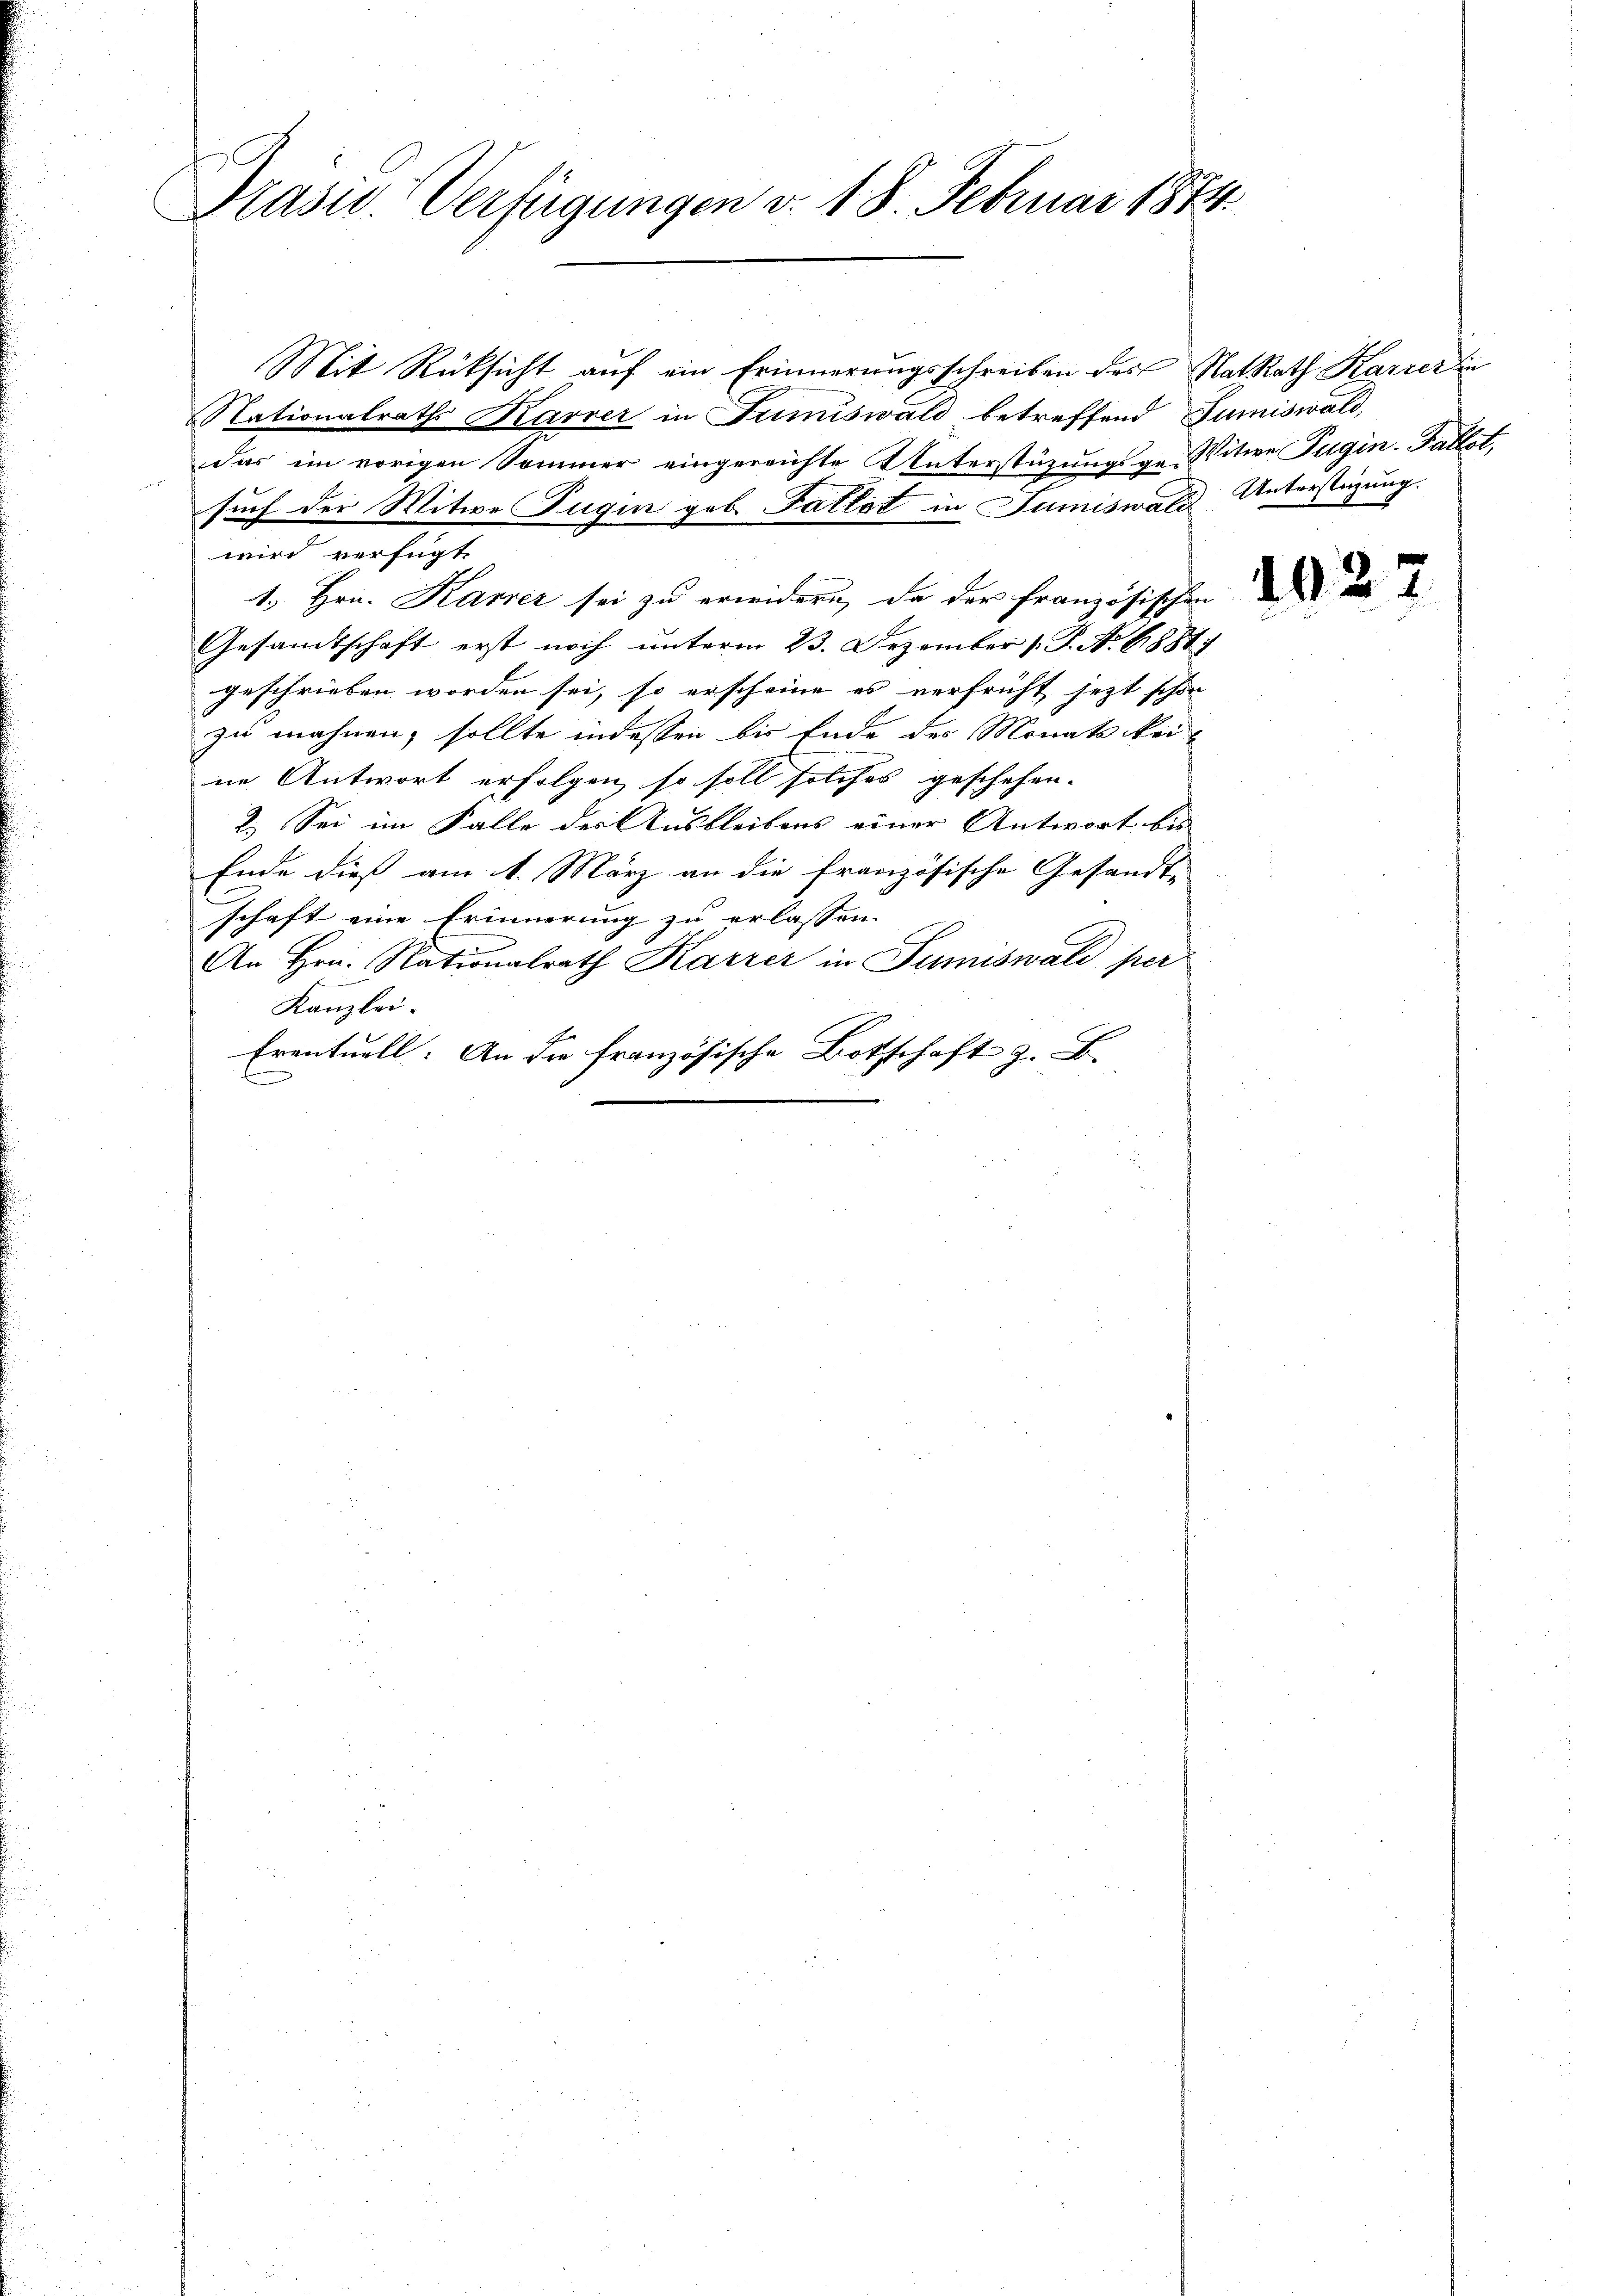
Präsid. Verfügungen v. 18. Februar 1844.

Mit Rücksicht auf ein Erinnerungsschreiben des NatRath Karrerin
Nationalraths Karrer in Jumiswald betreffend Jumiswald,
das im vorigen Sommer eingereichte Unterstüzungsge-Witwe Tugin. Gallot.

such der Witwe Fugin geb. Fattet in Sumiswald Unterstüzung.
wird verfügt
1. Hrn. Karrer sei zu erwidern, da der französischen
Gesamtschaft erst noch unterm 23. Dezember [P. No 6881/
geschrieben worden sei, so erscheine es verfrüht jetzt schon
zu mahnen, sollte indessen bis Ende des Monats keine Antwort erfolgen, so soll solches geschehen. |
2.) Sei im Falle der Ausbleibens einer Antwort bis
Ende dieß am 1. März an die französische Gesandt-
schaft eine Erinnerung zu erlassen.
An Hrn. Nationalrath Karrer in Sumiswald per
Kanzlei.
Eventuell: An die französisch-
Botschaft z. B.

1027